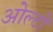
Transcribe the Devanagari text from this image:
ओल्टों